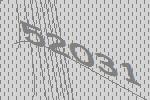
52031